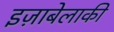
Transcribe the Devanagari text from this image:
इज़ाबेलाकी